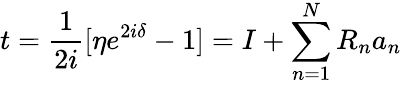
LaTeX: t={\frac{1}{2i}}[\eta e^{2i\delta}-1]=I+\sum_{n=1}^{N}R_{n}a_{n}